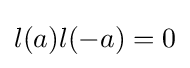
l(a)l(-a)=0